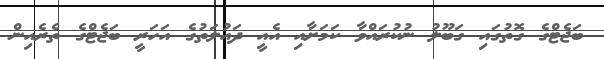
ބަޖެޓްގެ ގޮތުގައި ގަބޫލު ނުކުރައްވާ ކަމަށާއި އެއީ ދައުލަތުގެ އަހަރީ ބަޖެޓްގެ ތެރެއިން